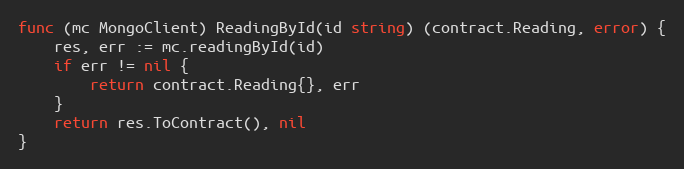
Language: Go
func (mc MongoClient) ReadingById(id string) (contract.Reading, error) {
	res, err := mc.readingById(id)
	if err != nil {
		return contract.Reading{}, err
	}
	return res.ToContract(), nil
}